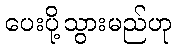
ပေးပို့သွားမည်ဟု